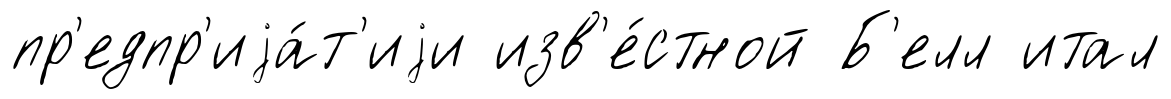
пр'едпр'иjа́т'иjи изв'е́стной Б'елл итал